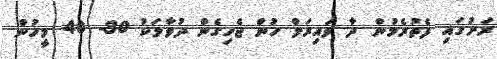
ރަށުގައި ފެތުރެމުން ދާ ވައިރަލް ހުން ޖެހިގެން ދުވާލަކު 30- 40 މީހުން